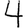
Digit: 4